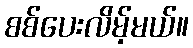
စစ်ပေးလိမ့်မယ်။